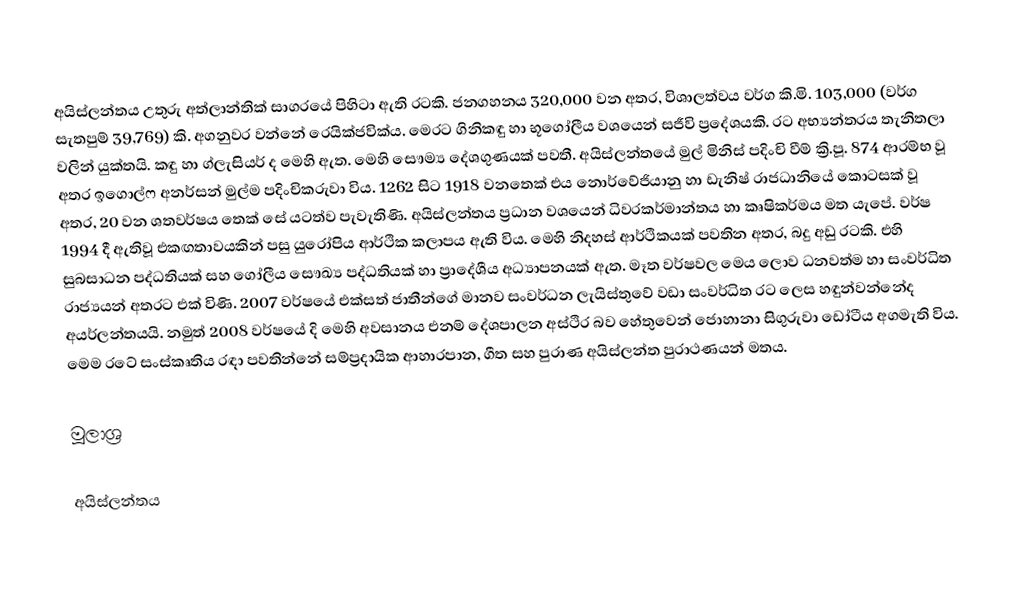
අයිස්ලන්තය උතුරු අත්ලාන්තික් සාගරයේ පිහිටා ඇති රටකි. ජනගහනය 320,000 වන අතර, විශාලත්වය වර්ග කි.මි. 103,000 (වර්ග සැතපුම් 39,769) කි. අගනුවර වන්නේ රෙයික්ජවික්ය. මෙරට ගිනිකඳු හා භූ‍ගෝලීය වශයෙන් සජීවි ප්‍රදේශයකි. රට අභ්‍යන්තරය තැනිතලා වලින් යුක්තයි. කඳු හා ග්ලැසියර් ද මෙහි ඇත. මෙහි සෞම්‍ය දේශගුණයක් පවතී. අයිස්ලන්තයේ මුල් මිනිස් පදිංචි වීම් ක්‍රි.පූ. 874 ආරම්භ වූ අතර ඉගොල්ෆ අනර්සන් මුල්ම පදිංචිකරුවා විය. 1262 සිට 1918 වනතෙක් එය නොර්වේජියානු හා ඩැනිෂ් රාජධානියේ කොටසක් වූ අතර, 20 වන ශතවර්ෂය තෙක් සේ යටත්ව පැවැතිණි. අයිස්ලන්තය ප්‍රධාන වශයෙන් ධිවරකර්මාන්තය හා කෘෂිකර්මය මත යැපේ. වර්ෂ 1994 දී ඇතිවූ එකඟතාවයකින් පසු යුරෝපිය ආර්ථික කලාපය ඇති විය. මෙහි නිදහස් ආර්ථිකයක් පවතින අතර, බදු අඩු රටකි. එහි සුබසාධන පද්ධතියක් සහ ගෝලීය සෞඛ්‍ය පද්ධතියක් හා ප්‍රාදේශීය අධ්‍යාපනයක් ඇත. මෑත වර්ෂවල මෙය ලොව ධනවත්ම හා සංවර්ධිත රාජ්‍යයන් අතරට එක් විණි. 2007 වර්ෂයේ එක්සත් ජාතීන්ගේ මානව සංවර්ධන ලැයිස්තුවේ වඩා සංවර්ධිත රට ‍ලෙස හඳුන්වන්නේද අයර්ලන්තයයි. නමුත් 2008 වර්ෂයේ දි මෙහි අවසානය එනම් දේශපාලන අස්ථිර බව හේතුවෙන් ජොහානා සිගුරුවා ඩෝටීය අගමැති විය. මෙම රටේ සංස්කෘතිය රඳා පවතින්නේ සම්ප්‍රදායික ආහාරපාන, ගීත සහ පුරාණ අයිස්ලන්ත පුරාථණයන් මතය.

මූලාශ්‍ර

අයිස්ලන්තය